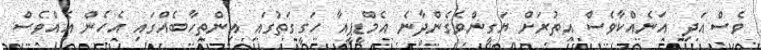
ވެސް އަދި އަނެއްކާވެސް އިތުރަށް ޔަގީންވެގެންދާނެ އެމްޑީޕީއާ ހަގީގަތުގައި އިންތިހާބެއްގައި އެހެން އެއްވެސް